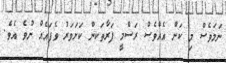
ނަމަވެސް މި ކަން އެއްވެސް ރަސްމީ ފަރާތަކން ކަށަވަރު ވެފައެއް ނުވެ އެވެ.